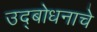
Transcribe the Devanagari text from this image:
उद्‌बोधनाचे